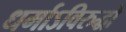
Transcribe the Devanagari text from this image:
धर्माऽविरुद्धो